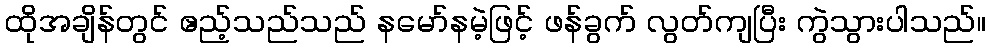
ထိုအချိန်တွင် ဧည့်သည်သည် နမော်နမဲ့ဖြင့် ဖန်ခွက် လွတ်ကျပြီး ကွဲသွားပါသည်။